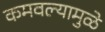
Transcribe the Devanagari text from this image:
कमवल्यामुळे